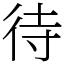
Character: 待